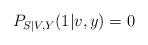
LaTeX: \begin{align*}P_{S|V,Y}(1|v,y)=0\end{align*}